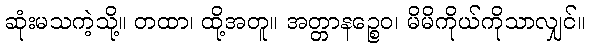
ဆုံးမသကဲ့သို့။ တထာ၊ ထို့အတူ။ အတ္တာနဉ္စေဝ၊ မိမိကိုယ်ကိုသာလျှင်။